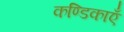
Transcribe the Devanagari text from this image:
कण्डिकाएँ